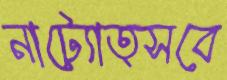
নাট্যোত্সবে